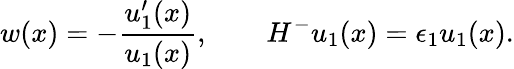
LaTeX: w(x)=-\frac{u_{1}^{\prime}(x)}{u_{1}(x)},\qquad H^{-}u_{1}(x)=\epsilon_{1}u_{1}(x).